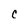
Character: C